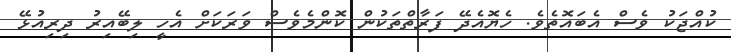
ކުއްޖަކު ވެސް އެބައޮތެވެ. ހެޔޮއެދޭ ފަރާތްތަކުން ކޮންމެވެސް ވަރަަކަށް އެހީ ލިބޭއިރު ދިރިއުޅޭ